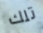
تلك